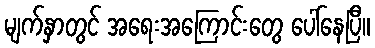
မျက်နှာတွင် အရေးအကြောင်းတွေ ပေါ်နေပြီ။